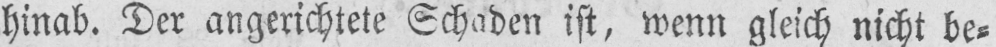
hinab. Der angerichtete Schaden ist, wenn gleich nicht be⸗